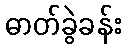
ဓာတ်ခွဲခန်း